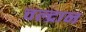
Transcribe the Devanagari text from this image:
चल्द्रान